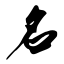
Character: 名